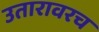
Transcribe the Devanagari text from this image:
उतारावरच